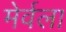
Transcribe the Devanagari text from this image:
मेर्वला